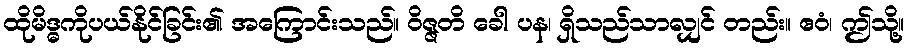
ထိုမိဒ္ဓကိုပယ်နိုင်ခြင်း၏ အကြောင်းသည်။ ဝိဇ္ဇတိ ခေါ ပန၊ ရှိသည်သာလျှင် တည်း။ ဧဝံ၊ ဤသို့။